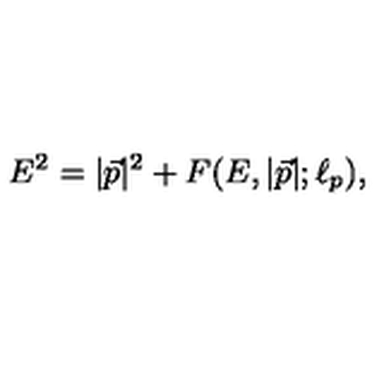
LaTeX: E ^ { 2 } = | { \vec { p } } | ^ { 2 } + F ( E , | { \vec { p } } | ; \ell _ { p } ) ,